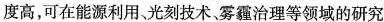
度高，可在能源利用、光刻技术、雾霾治理等领域的研究